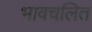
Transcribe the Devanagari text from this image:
भावचलित